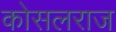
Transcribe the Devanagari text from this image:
कोसलराज